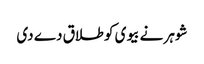
شوہر نے بیوی کو طلاق دے دی